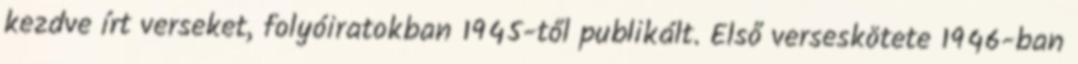
kezdve írt verseket, folyóiratokban 1945-től publikált. Első verseskötete 1946-ban